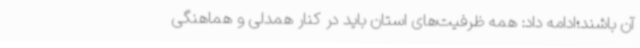
آن باشند؛ادامه داد: همه ظرفیت‌های استان باید در کنار همدلی و هماهنگی